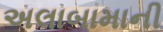
અલાબામાની